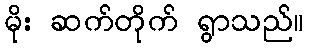
မိုး ဆက်တိုက် ရွာသည်။